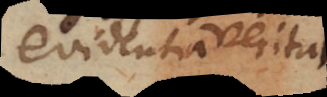
videntia verit